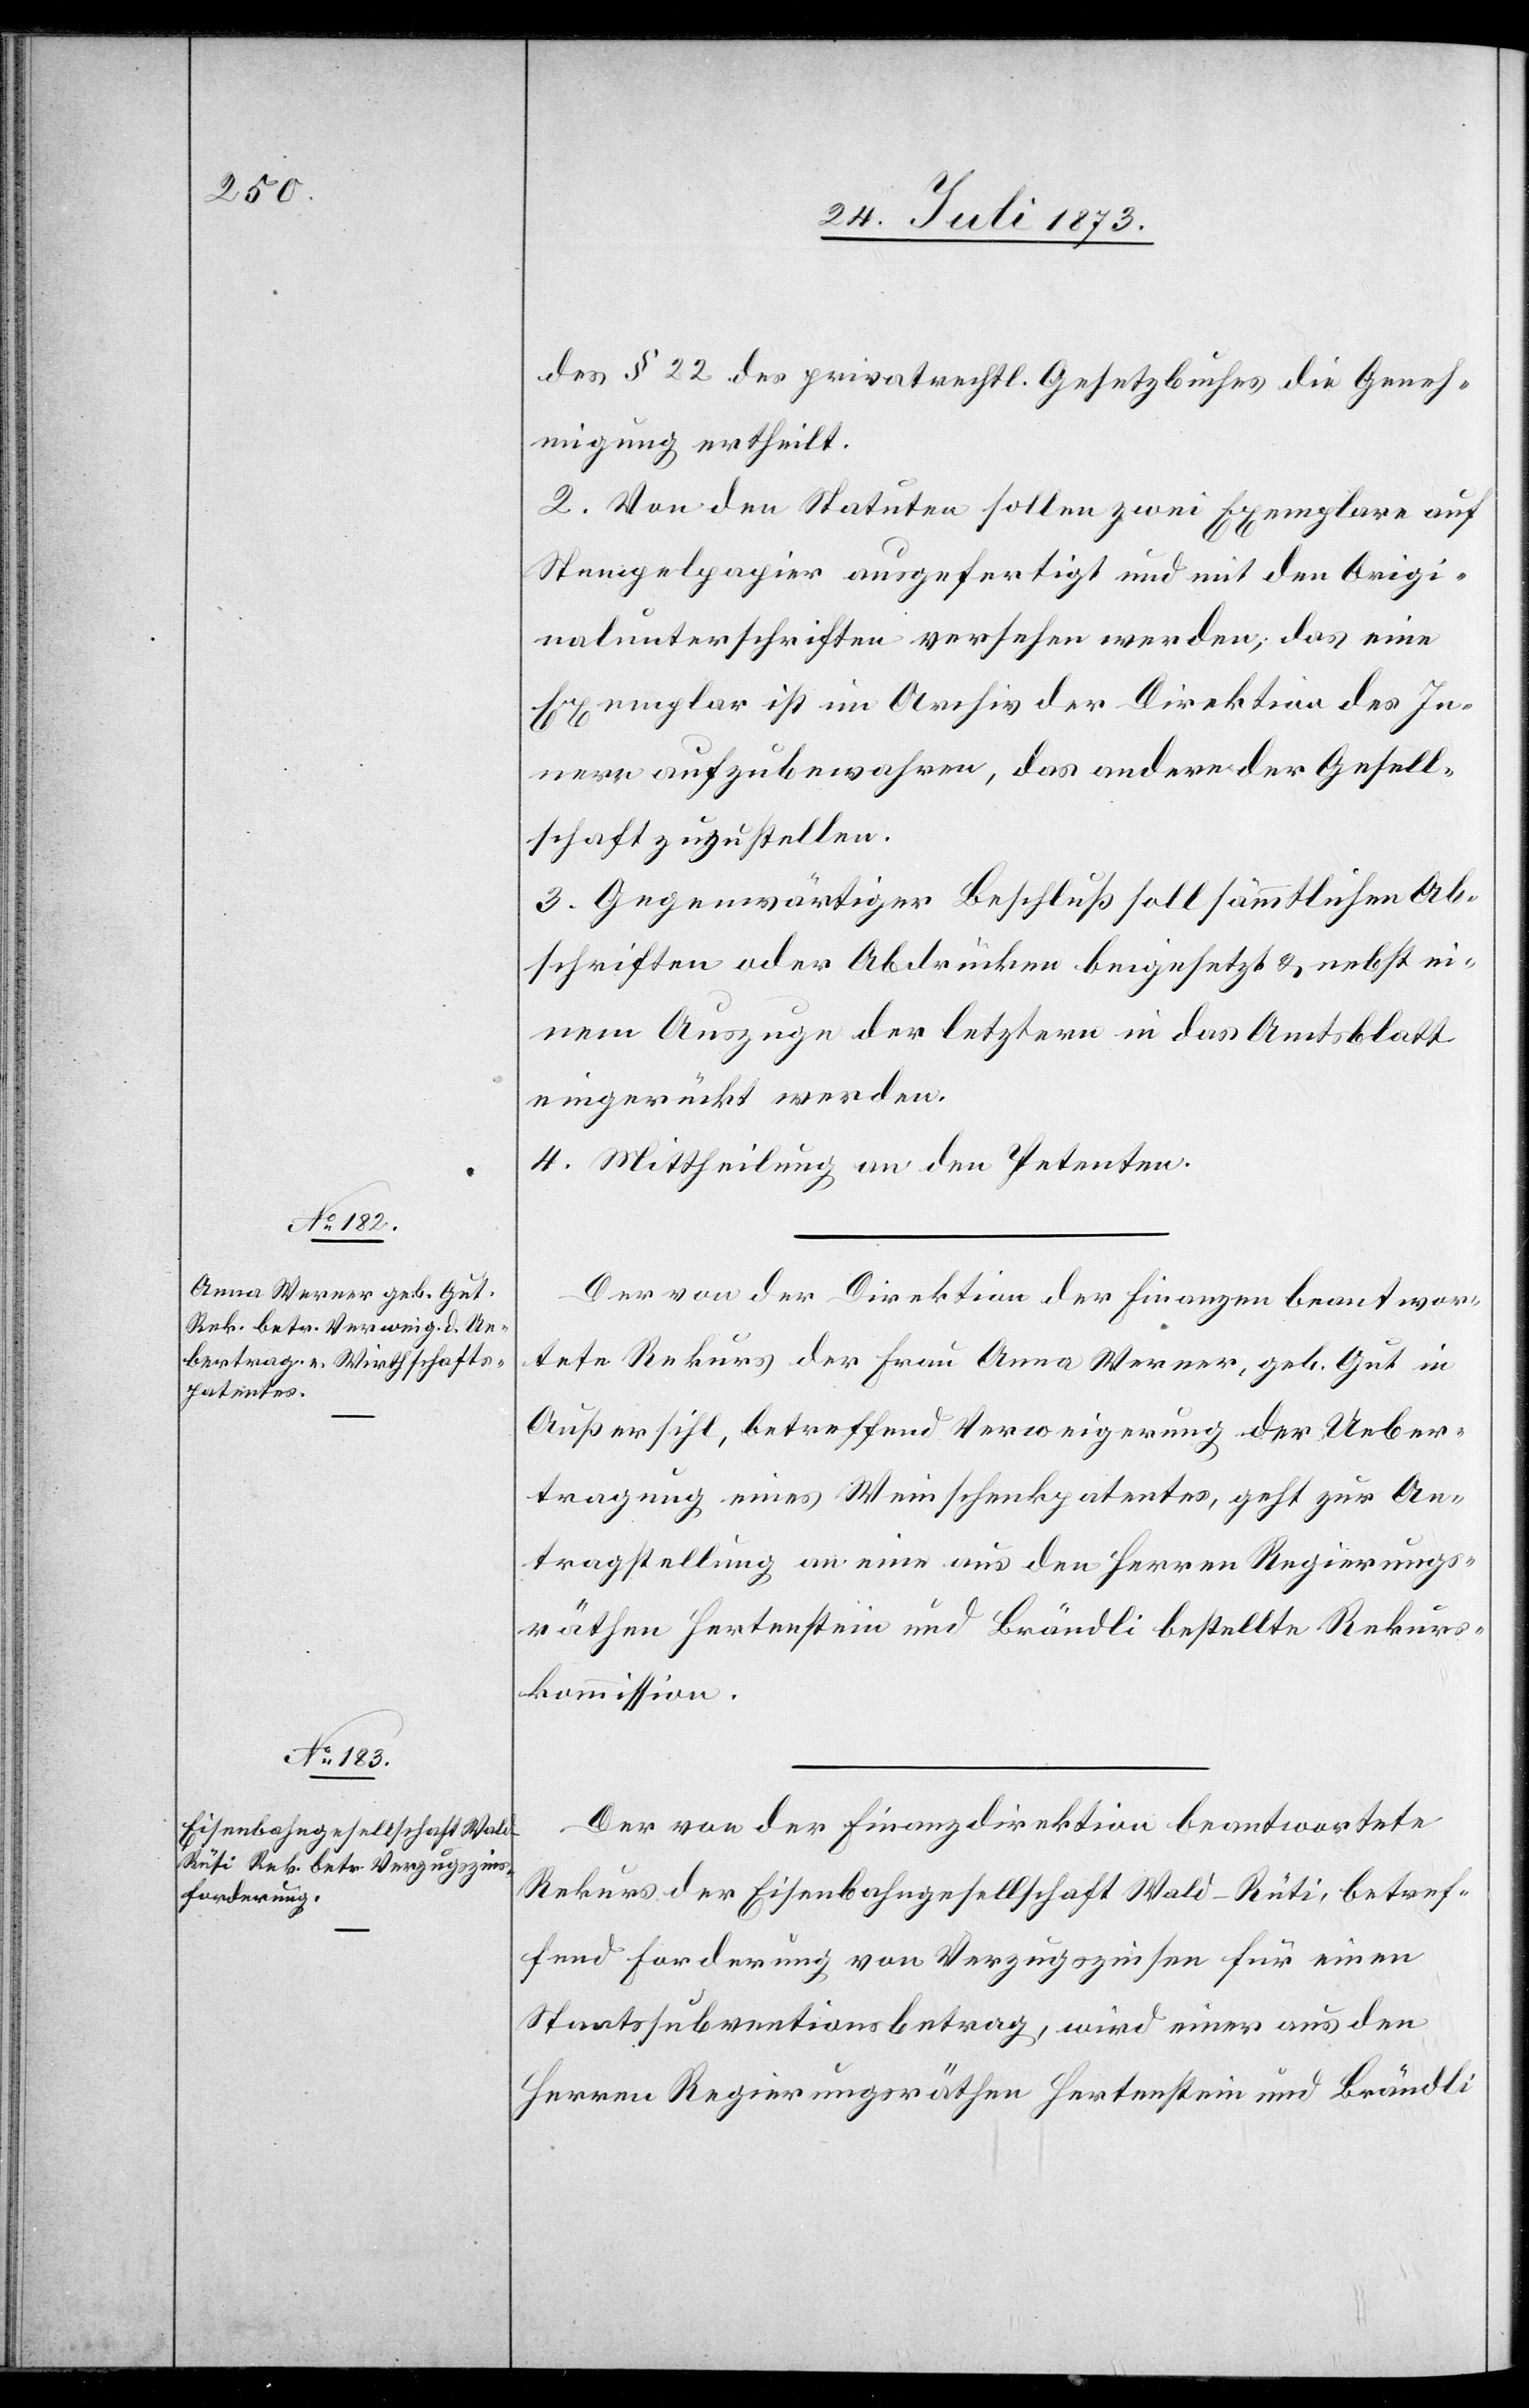
des § 22 des privatrechtl. Gesetzbuches die Geneh¬
migung ertheilt.
2. Von den Statuten sollen zwei Exemplare auf
Stempelpapier ausgefertigt und mit den Origi¬
nalunterschriften versehen werden; das eine
Exemplar ist im Archiv der Direktion des In¬
nern aufzubewahren, das andere der Gesell¬
schaft zuzustellen.
3. Gegenwärtiger Beschluß soll sämmtlichen Ab¬
schriften oder Abdrücken beigesetzt & nebst ei¬
nem Auszuge der letztern in das Amtsblatt
eingerückt werden.
4. Mittheilung an den Petenten.
Der von der Direktion der Finanzen beantwor¬
tete Rekurs der Frau Anna Werner, geb. Gut in
Außersihl, betreffend Verweigerung der Ueber¬
tragung eines Weinschenkpatentes, geht zur An¬
tragstellung an eine aus den Herren Regierungs¬
räthen Hertenstein und Brändli bestellte Rekurs¬
kommission.
Der von der Finanzdirektion beantwortete
Rekurs der Eisenbahngesellschaft Wald-Rüti, betref¬
fend Forderung von Verzugszinsen für einen
Staatssubventionsbetrag, wird einer aus den
Herren Regierungsräthen Hertenstein und Brändli